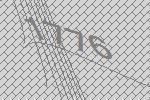
1776